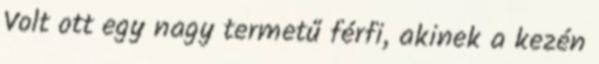
Volt ott egy nagy termetű férfi, akinek a kezén